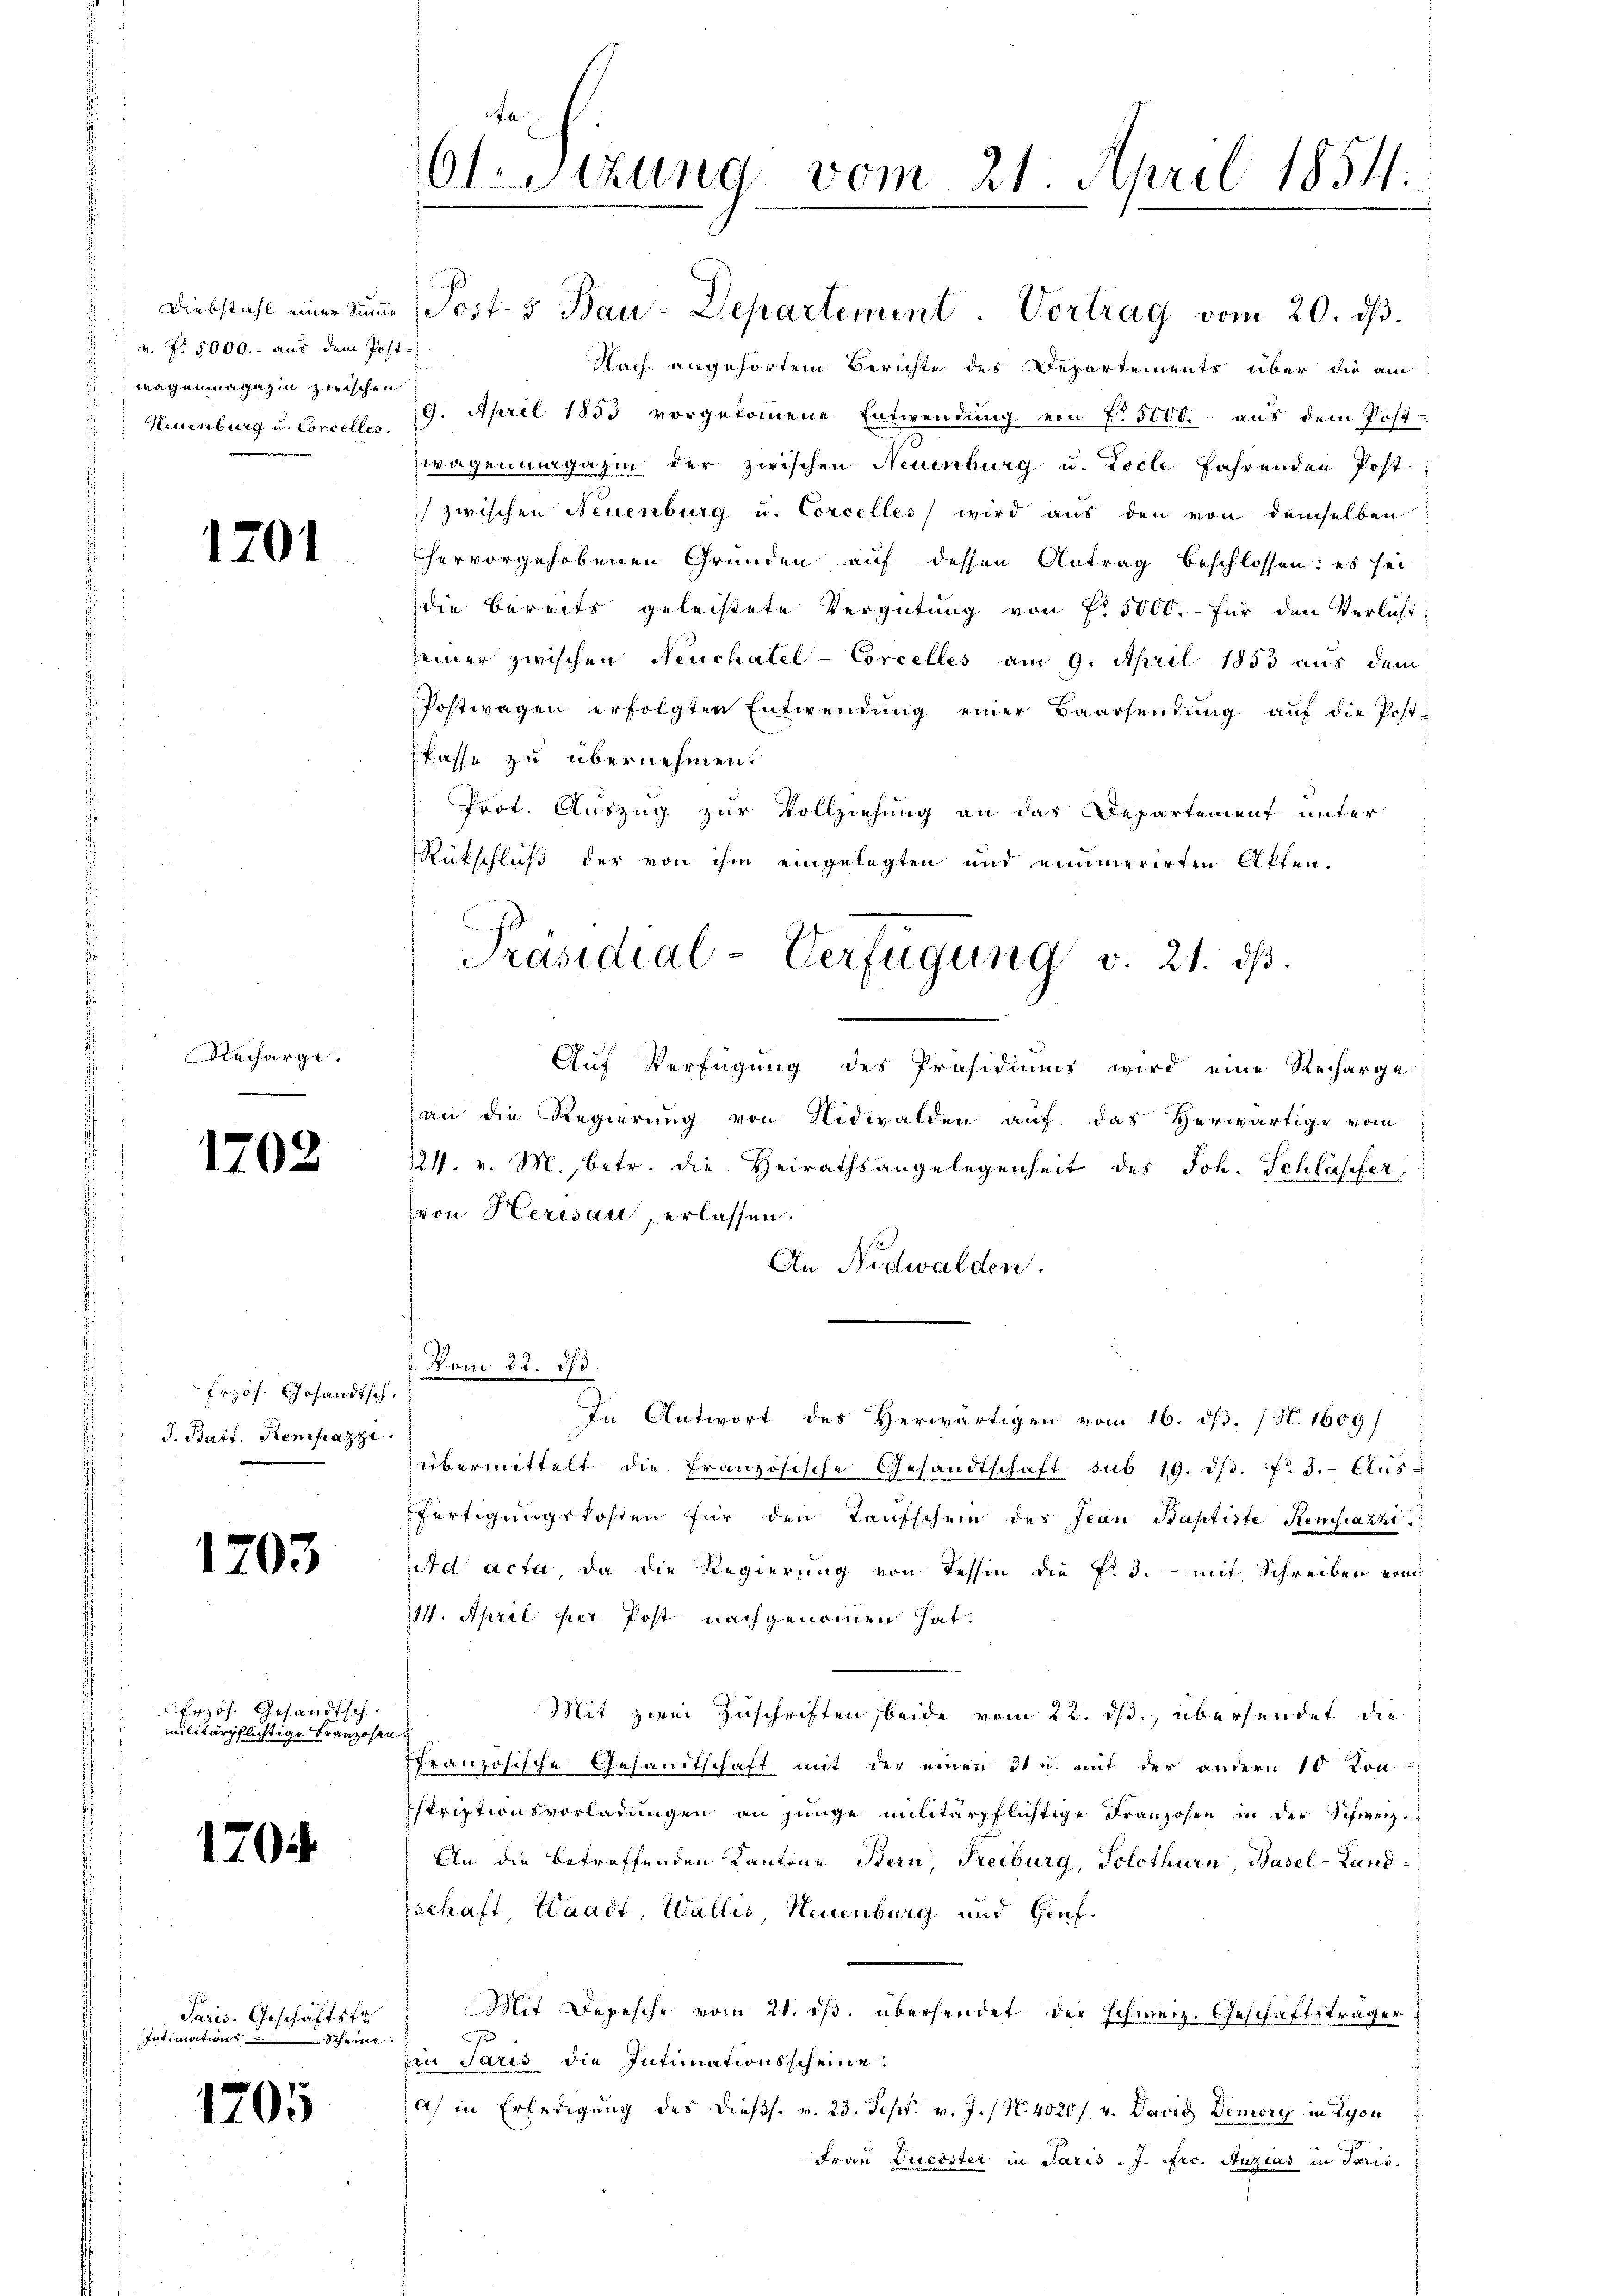
s
 v. Fr. 5000.- aus dem Post-
wagenmagazin zwischen
s

1201

Recharge.

1702

Erzös. Gesandtsch
J. Batt. Rempazzi

1203

Erzös. Gesandtsch
militärpflichtige Franzosen.

1704

Paris. Geschäftstr
Intimations Scheine

1205

cte
Ot.Stzung vom 21. April 1854.

Nach angehörtem Berichte des Departements über die am
Neuenburg u. Concelles, 29. April 1853 vorgekommene Entwendung von No. 5000.- aus dem Post-
wagen magazin der zwischen Neuenburg u. Locle fahrenden Post
) zwischen Neuenburg u. Corcelles wird aŭs den von demselben
hervorgehobenen Gründen auf dessen Antrag beschlossen: es sei
die bereits geleistete Vergütung von f. 5000.- für den Verlust
seiner zwischen Neuchatel - Corcelles am 9. April 1853 aus dem
Postwagen erfolgten Entwendŭng einer Baarsendŭng aŭf die Post-
Pfasse zu übernehmen.
Prot. Auszug zur Vollziehung an das Departement unter
Rückschluß der von ihm eingelegten und einerirten Akten.
Auf Verfügung des Präsidiums wird eine Recharge
an die Regierung von Nidwalden auf das Herwärtige vom
/21. v. M., betr. die Heirathsangelegenheit des Joh. Schläsifer
(von Herisau, erlassen.
An Nidwalden.
7. Non 22. d. d.
In Antwort des Herwärtigen vom 16. dß. (N. 1609/
übermittelt die französische Gesandtschaft sub 19. dβ. No. 3. Aus¬
Fertigungskosten für den Taufschein des Jean Baptiste Kemhazzi
Ad acta, da die Regierung von Tessin die Fr. 3. mit Schreiben von
114. April per Post nachgenommen hat.
Mit zwei Zuschriften, beide vom 22. ds., übersendet die
ffranzösische Gesandtschaft mit der einen 31 u. mit der andern 10 Kon-
Istriptionsvorladungen an junge militärpflichtige Franzosen in der Schweiz.
An die betreffenden Kantone Stern, Freiburg, Solothurn, Basel-Land
Tschaft, Waadt, Wallis, Neuenburg und lief.
Mit Depesche vom 21. ds. übersendet der schweiz. Geschäftsträger
Ein Paris die Intimationsscheine
) in Erledigung des Diess. v. 23. Sept. v. J. (N. 4020/ v. David Demory in Lyon
Frau Dücöster in Paris - J. Dec. Auzias in Paris.

Diebstahl einer zŭm Post- & Bau-Departement. Vortrag vom 20. dβ.

Präsidial-Verfügung v. 21. dβ.